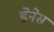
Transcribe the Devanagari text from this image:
डेनेस